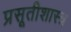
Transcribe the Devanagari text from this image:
प्रसूतीशास्त्र